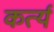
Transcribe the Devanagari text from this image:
कर्त्य